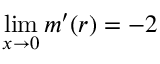
\operatorname* { l i m } _ { x \rightarrow 0 } m ^ { \prime } ( r ) = - 2